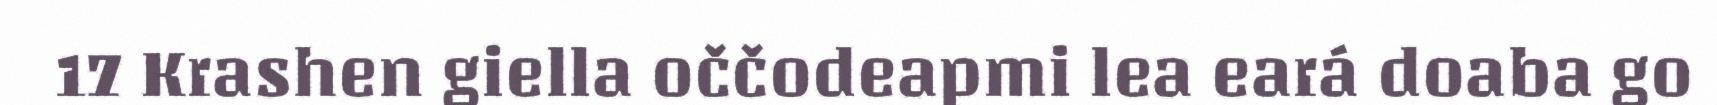
17 Krashen giella oččodeapmi lea eará doaba go